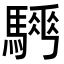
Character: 𩥨